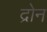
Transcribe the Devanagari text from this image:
द्रोन